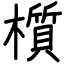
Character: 櫍